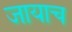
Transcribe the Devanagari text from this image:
जायाच